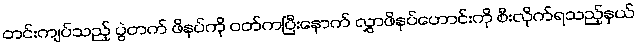
တင်းကျပ်သည့် ပွဲတက် ဖိနပ်ကို ဝတ်ကပြီးနောက် လွှာဖိနပ်ဟောင်းကို စီးလိုက်ရသည့်နှယ်